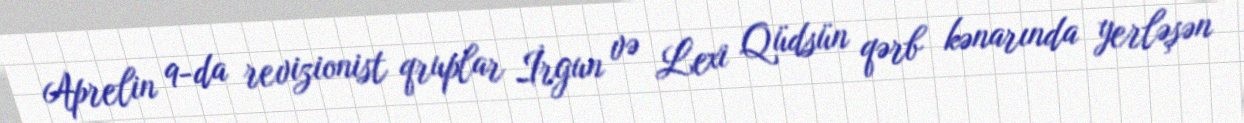
Aprelin 9-da revizionist qruplar İrgun və Lexi Qüdsün qərb kənarında yerləşən